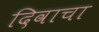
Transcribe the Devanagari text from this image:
दिवाचा